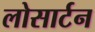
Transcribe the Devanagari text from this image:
लोसार्टन